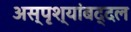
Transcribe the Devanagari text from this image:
अस्पृश्यांबद्दल